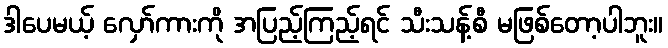
ဒါပေမယ့် လှော်ကားကို အပြည့်ကြည့်ရင် သီးသန့်စီ မဖြစ်တော့ပါဘူး။